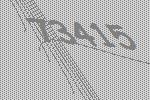
73415